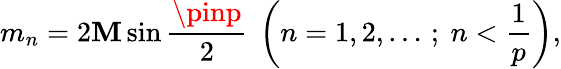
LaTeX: m_{n}=2\mathbf{M}\sin\frac{{\pinp}}{{2}}~\left(n=1,2,\ldots\, ;~n<\frac{{1}}{{p}}\right),